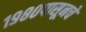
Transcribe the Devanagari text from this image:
१९८०पासूनचे